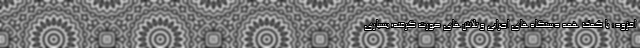
افزود: با کمک همه دستگاه‌های اجرایی و تلاش‌های صورت گرفته؛ بسیاری